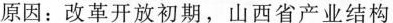
原因：改革开放初期，山西省产业结构